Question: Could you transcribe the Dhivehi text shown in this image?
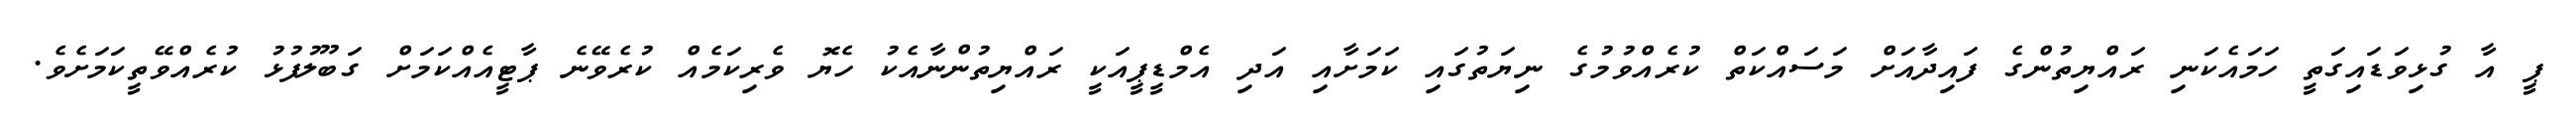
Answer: ޕީ އާ ގުޅިވަޑައިގަތީ ހަމައެކަނި ރައްޔިތުންގެ ފައިދާއަށް މަސައްކަތް ކުރެއްވުމުގެ ނިޔަތުގައި ކަމަށާއި އަދި އެމްޑީޕީއަކީ ރައްޔިތުންނާއެކު ހެޔޮ ވެރިކަމެއް ކުރެވޭނެ ޕާޓީއެއްކަމަށް ގަބޫލުފުޅު ކުރެއްވޭތީކަމަށެވެ.